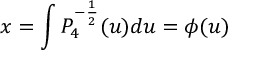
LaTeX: x = \int P _ { 4 } ^ { - \frac { 1 } { 2 } } ( u ) d u = \phi ( u )